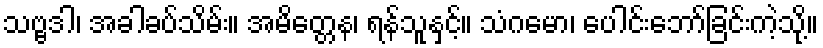
သဗ္ဗဒါ၊ အခါခပ်သိမ်း။ အမိတ္တေန၊ ရန်သူနှင့်။ သံဂမော၊ ပေါင်းဘော်ခြင်းကဲ့သို့။